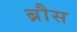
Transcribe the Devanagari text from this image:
ब्रौस